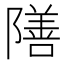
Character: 𮥣